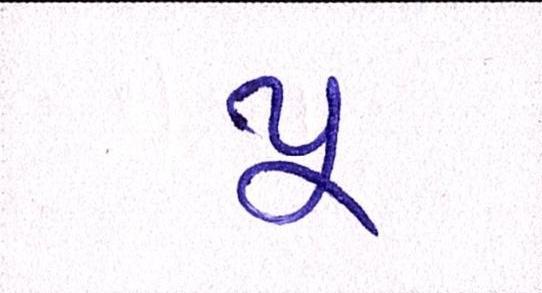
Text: પૂ